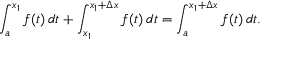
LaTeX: \int _ { a } ^ { x _ { 1 } } f ( t ) \, d t + \int _ { x _ { 1 } } ^ { x _ { 1 } + \Delta x } f ( t ) \, d t = \int _ { a } ^ { x _ { 1 } + \Delta x } f ( t ) \, d t .